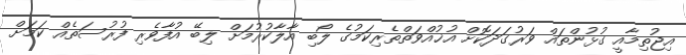
އިޖުތިމާއީ ގުޅުންތައް ވަރުގަދަކޮށް އުޚުއްވަތްތެރިކަމުގެ ލޯބި އާލާކުރުމަށް ލިބޭ އުފާވެރި ފުރުސަތެއް ކަމަށް